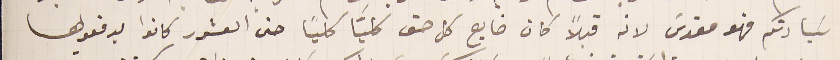
سَيادتكم فهو مقدسَ لانه قبلاً كان ضايع كل حق كليَّا كليًا حتى العشور كانوا يدفعوها